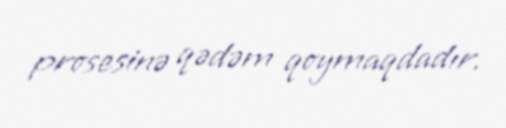
prosesinə qədəm qoymaqdadır.